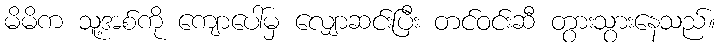
မိမိက သူ့အစ်ကို ကျောပေါ်မှ လျှောဆင်းပြီး တင်ဝင်းဆီ တွားသွားနေသည်။